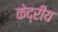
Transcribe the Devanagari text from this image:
केद्रीय